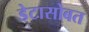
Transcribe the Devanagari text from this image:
डेटासोबत